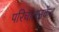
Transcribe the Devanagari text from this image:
परिचालनकेंद्र